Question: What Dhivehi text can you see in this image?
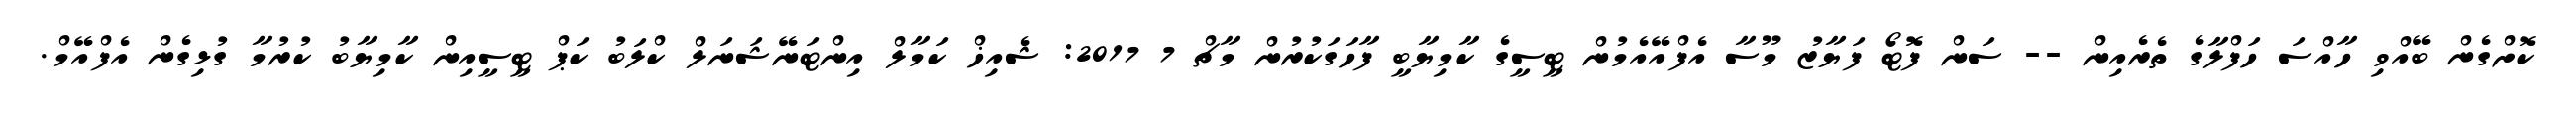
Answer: ކޮށްގެން ބޭއްވި ހާއްސަ ހަފްލާގެ ތެރެއިން -- ސަން ފޮޓޯ ފަޔާޒު މޫސާ އެފްއޭއެމުން ޓީސީގެ ކާމިޔާބީ ފާހަގަކުރުން މާޗް 7 2017: ޝެއިޚް ކަމާލް އިންޓަނޭޝަނަލް ކްލަބު ކަޕް ޓީސީއިން ކާމިޔާބު ކުރުމާ ގުޅިގެން އެފްއޭމް.